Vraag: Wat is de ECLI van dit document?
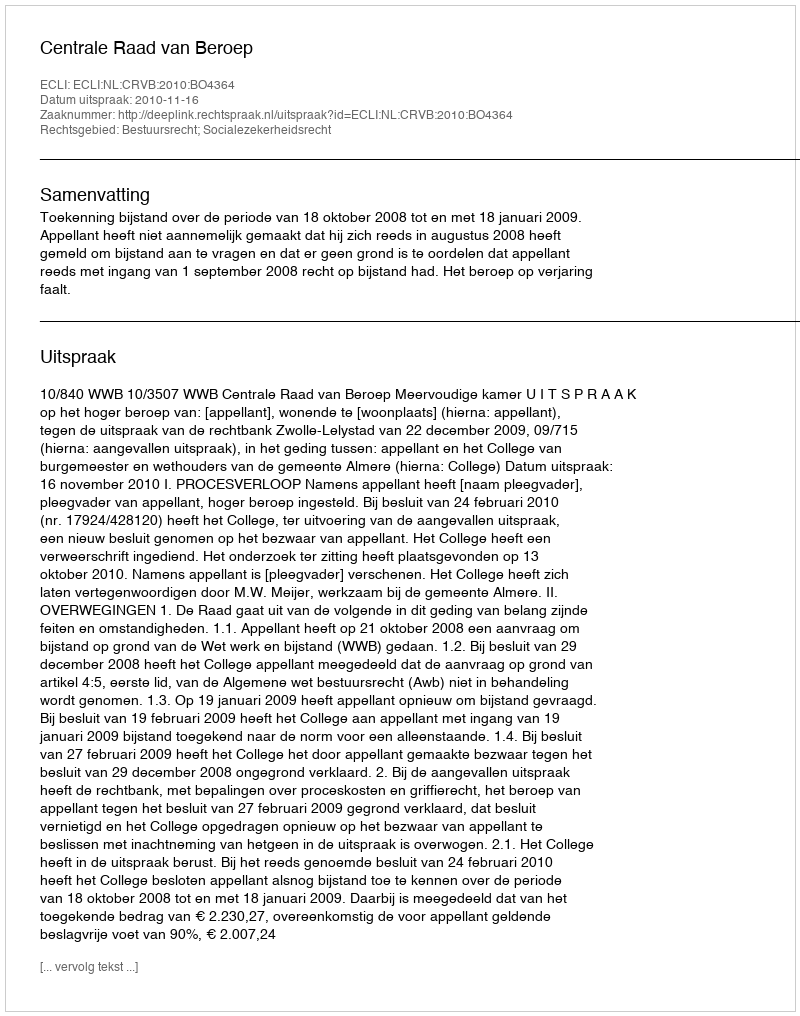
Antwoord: ECLI:NL:CRVB:2010:BO4364